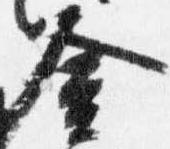
金